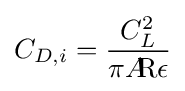
C_{D,i}={\frac {C_{L}^{2}}{\pi A\!\!{\text{R}}\epsilon }}